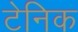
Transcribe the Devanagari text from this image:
टेनिक